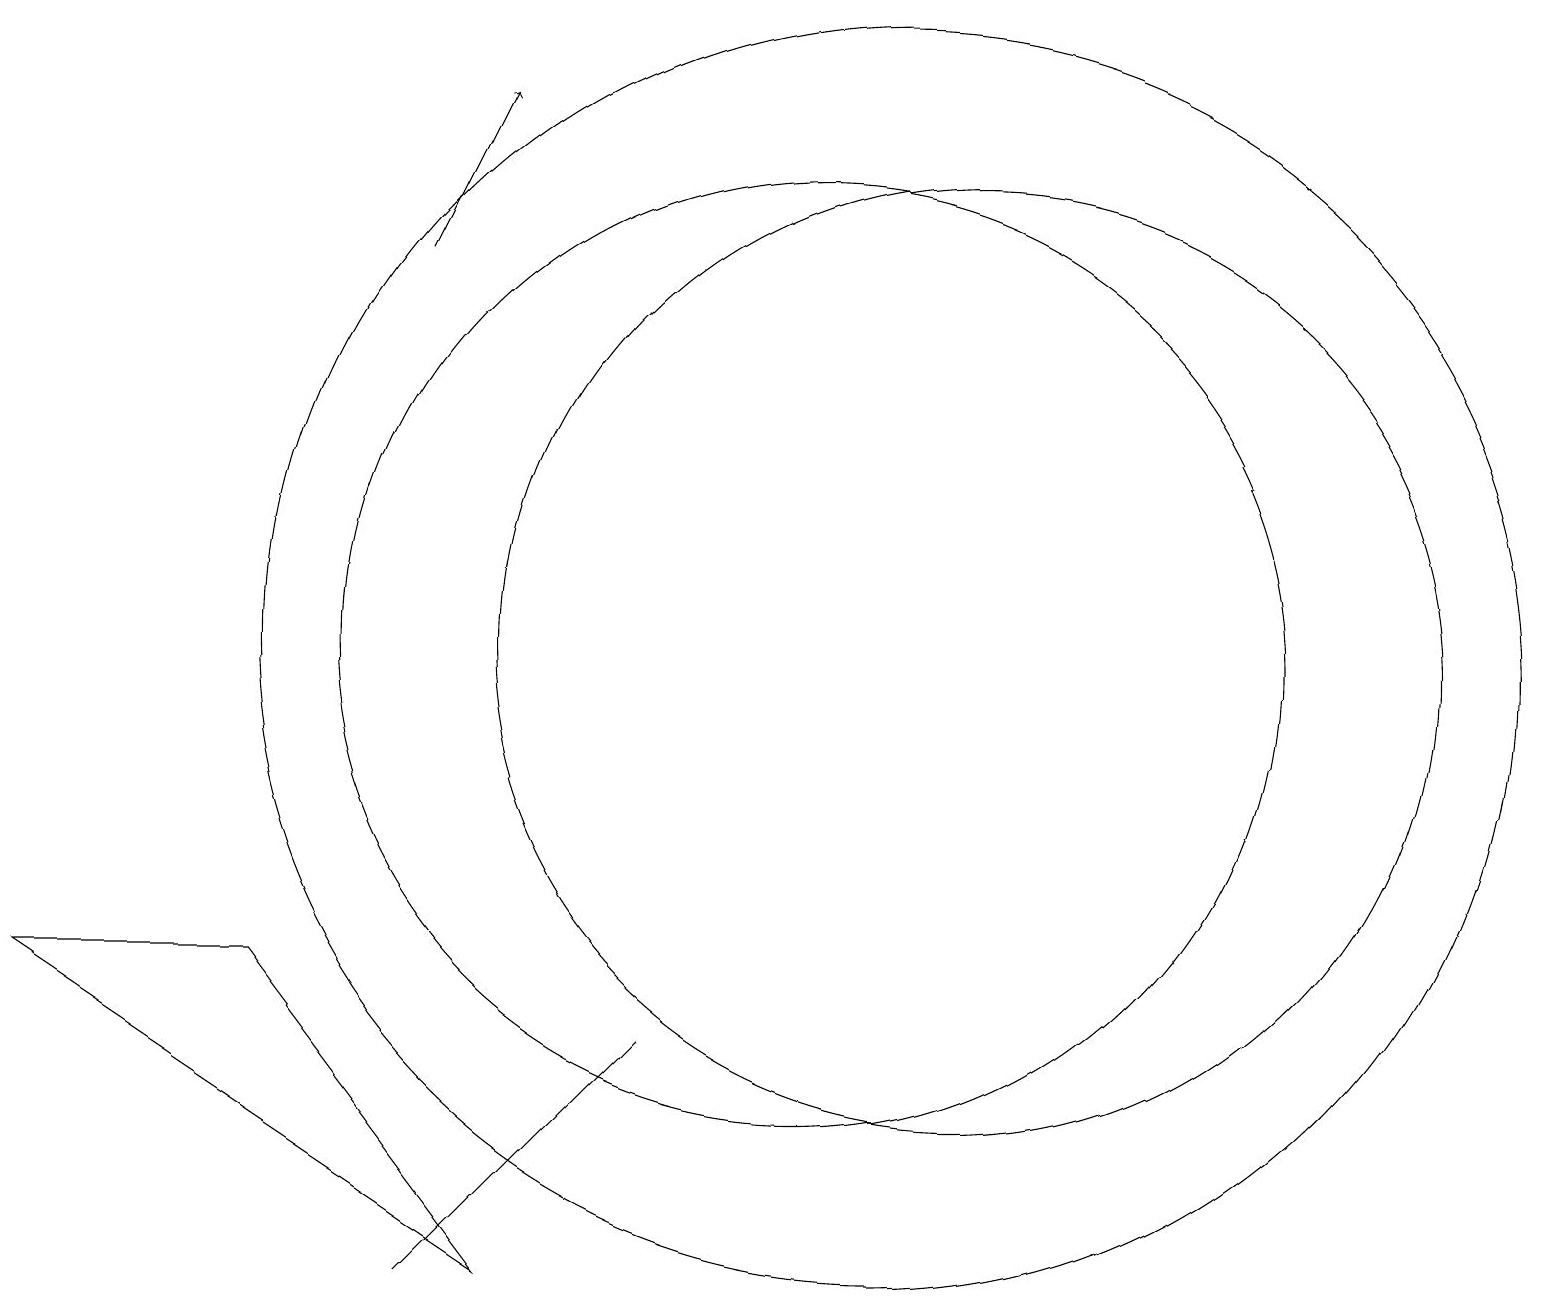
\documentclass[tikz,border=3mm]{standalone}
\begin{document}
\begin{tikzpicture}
\draw[->] (5,15) -- (6,17);
\draw (10,10) circle (6);
\draw (3,6) -- (6,2) -- (0,6) -- cycle;
\draw (12,10) circle (6);
\draw (11,10) circle (8);
\draw (5,2) -- (6,3) -- (8,5) -- cycle;
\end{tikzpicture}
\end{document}